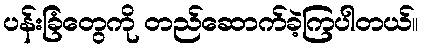
ပန်းခြံတွေကို တည်ဆောက်ခဲ့ကြပါတယ်။